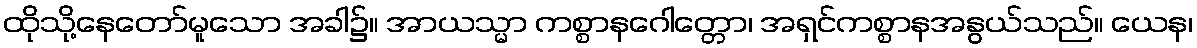
ထိုသို့နေတော်မူသော အခါ၌။ အာယသ္မာ ကစ္စာနဂေါတ္တော၊ အရှင်ကစ္စာနအနွယ်သည်။ ယေန၊